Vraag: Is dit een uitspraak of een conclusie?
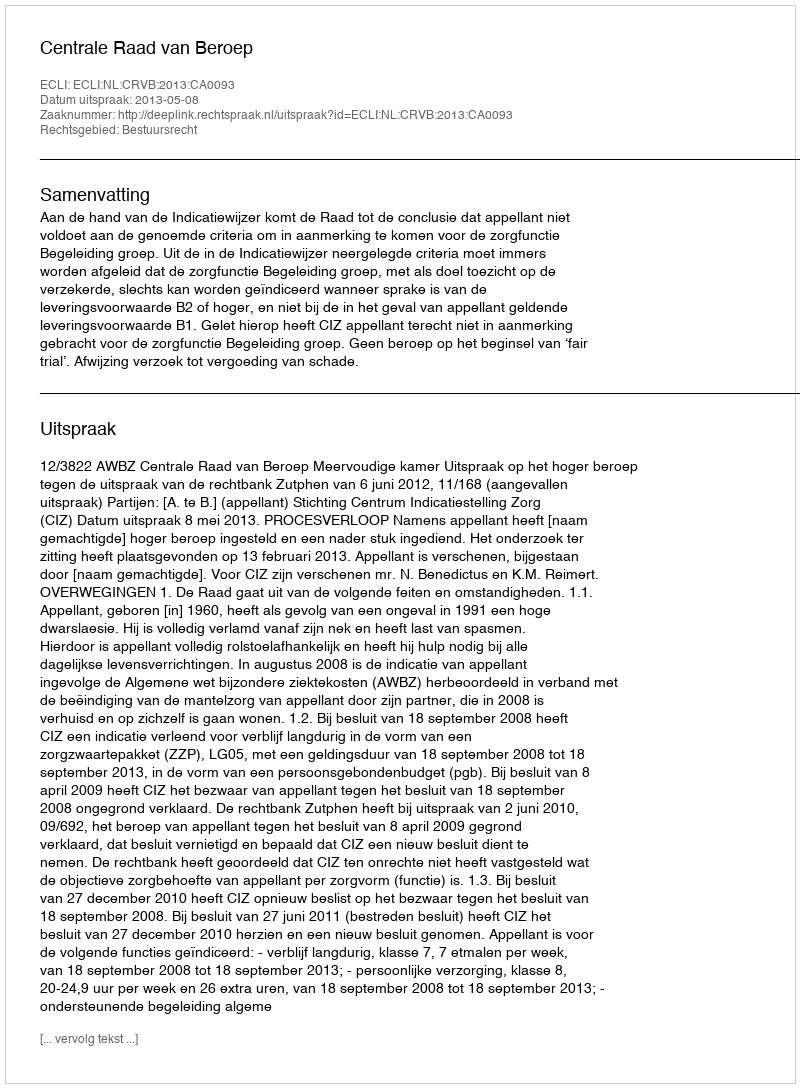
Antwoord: Uitspraak